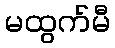
မထွက်မီ